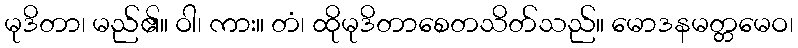
မုဒိတာ၊ မည်၏။ ဝါ၊ ကား။ တံ၊ ထိုမုဒိတာစေတသိတ်သည်။ မောဒနမတ္တမေဝ၊